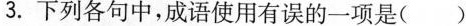
3.下列各句中，成语使用有误的一项是()